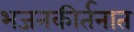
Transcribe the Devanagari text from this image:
भजनकीर्तनात